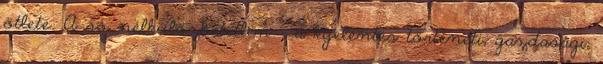
ötlete. A só nélkülözhetetlen – a kijelentés történeti, gazdasági,